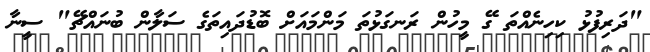
"ދަރިފުޅު ކިހިނެއްތަ ގޭ މީހުން ރަނގަޅުތަ މަންމައަށް ބޮޑުދައިތަގެ ސަލާން ބުނައްޗޭ" ސީނާ